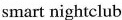
smart nightclub